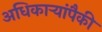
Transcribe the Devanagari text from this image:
अधिकार्‍यांपैकी